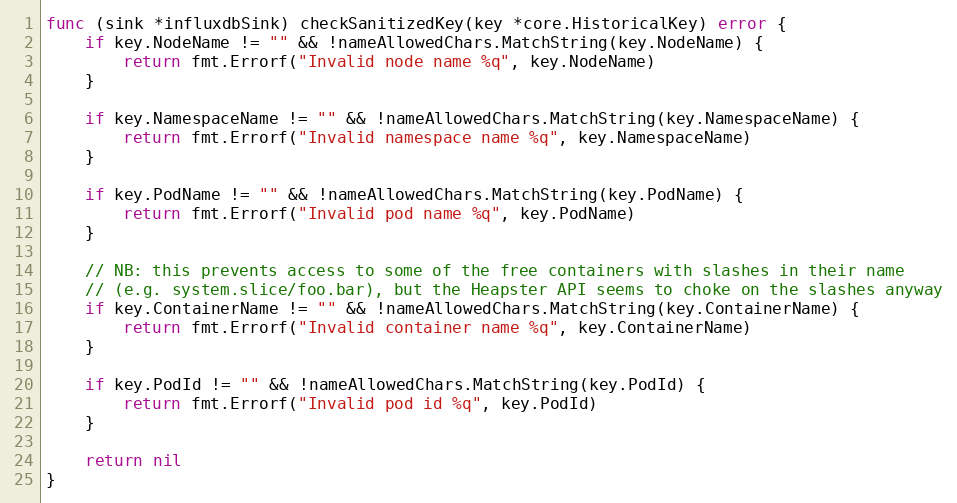
Language: Go
func (sink *influxdbSink) checkSanitizedKey(key *core.HistoricalKey) error {
	if key.NodeName != "" && !nameAllowedChars.MatchString(key.NodeName) {
		return fmt.Errorf("Invalid node name %q", key.NodeName)
	}

	if key.NamespaceName != "" && !nameAllowedChars.MatchString(key.NamespaceName) {
		return fmt.Errorf("Invalid namespace name %q", key.NamespaceName)
	}

	if key.PodName != "" && !nameAllowedChars.MatchString(key.PodName) {
		return fmt.Errorf("Invalid pod name %q", key.PodName)
	}

	// NB: this prevents access to some of the free containers with slashes in their name
	// (e.g. system.slice/foo.bar), but the Heapster API seems to choke on the slashes anyway
	if key.ContainerName != "" && !nameAllowedChars.MatchString(key.ContainerName) {
		return fmt.Errorf("Invalid container name %q", key.ContainerName)
	}

	if key.PodId != "" && !nameAllowedChars.MatchString(key.PodId) {
		return fmt.Errorf("Invalid pod id %q", key.PodId)
	}

	return nil
}